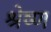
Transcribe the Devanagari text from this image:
श्रेष्‍ण